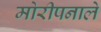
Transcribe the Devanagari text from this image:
मोरीपनाले